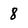
Character: 8